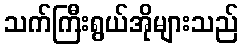
သက်ကြီးရွယ်အိုများသည်